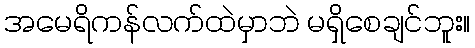
အမေရိကန်လက်ထဲမှာဘဲ မရှိစေချင်ဘူး။